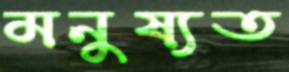
মনুষ্যত